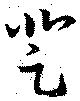
登